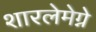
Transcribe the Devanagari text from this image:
शारलेमेग्ने